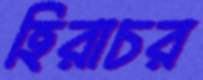
হিরাচর